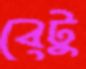
বেটু